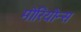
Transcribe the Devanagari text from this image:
मोरियोन्स